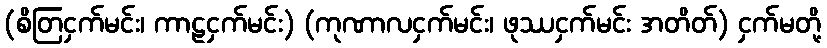
(စိတြငှက်မင်း၊ ကာဠငှက်မင်း) (ကုဏာလငှက်မင်း၊ ဖုဿငှက်မင်း အတိတ်) ငှက်မတို့